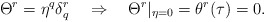
\begin{align*}\Theta^{r}=\eta^q\delta^r_q \quad \Rightarrow\quad \Theta^r|_{\eta=0}=\theta^{r}(\tau)=0.\end{align*}